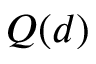
Q ( d )